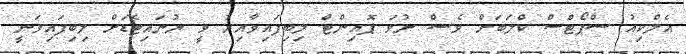
އެލްކިއު ސްޕޯޓްސް ކްލަބަށް ވެސް ނުވަ ޕޮއިންޓް ލިބިފައިވާއިރު ވީ ޔުނައިޓެޑަށް ލިބިފައިވަނީ